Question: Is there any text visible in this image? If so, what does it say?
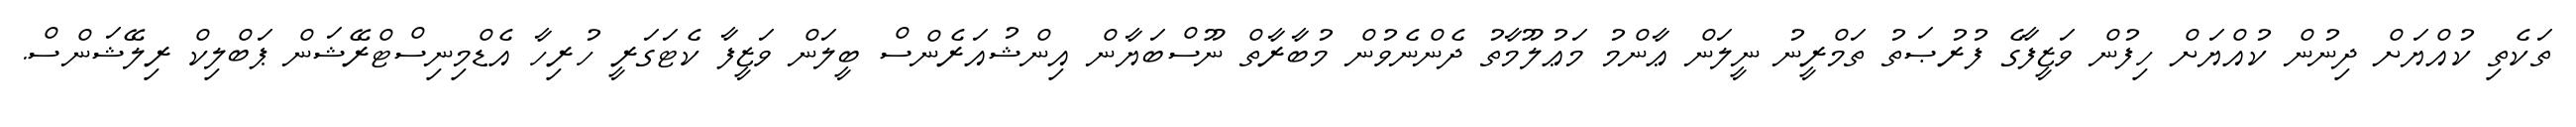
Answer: ތަކެތި ކުއްޔަށް ދިނުން ކުއްޔަށް ހިފުން ވަޒީފާގެ ފުރުޞަތު ތަމްރީނު ނީލަން ޢާންމު މަޢުލޫމާތު ދެންނެވުން މުބާރާތް ނޫސްބަޔާން އިންޝުއަރެންސް ބީލަން ވަޒީފާ ކެޓަގަރީ ހުރިހާ އެޑްމިނިސްޓްރޭޝަން ޕަބްލިކް ރިލޭޝަންސް.